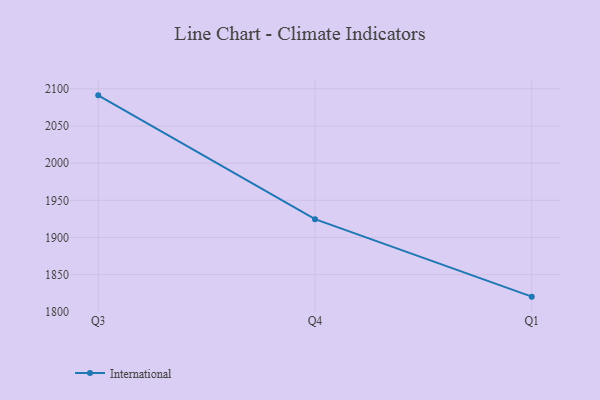
{"axis": {"x": "Quarter", "y": "Tickets Resolved"}, "legend": ["International"], "data": [{"x": "Q3", "y": 2091.2, "type": "International"}, {"x": "Q4", "y": 1924.6, "type": "International"}, {"x": "Q1", "y": 1820.4, "type": "International"}]}